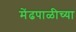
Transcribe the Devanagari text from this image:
मेंढपाळीच्या